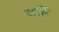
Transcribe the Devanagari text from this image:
तर्हि